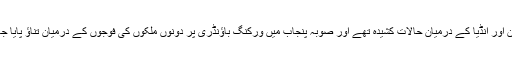
پاکستان اور انڈیا کے درمیان حالات کشیدہ تھے اور صوبہ پنجاب میں ورکنگ باؤنڈری پر دونوں ملکوں کی فوجوں کے درمیان تناؤ پایا جاتا تھا۔